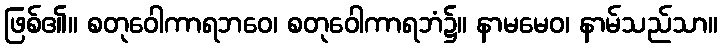
ဖြစ်၏။ စတုဝေါကာရဘဝေ၊ စတုဝေါကာရဘံ၌။ နာမမေဝ၊ နာမ်သည်သာ။